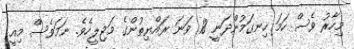
މިހާރު ވެސް ހަމަ ހިނގަމުންދަނީ 18 ވަނަ ރައްޔިތުންގެ މަޖިލީހެވެ. ނަމަވެސް މިއީ